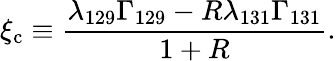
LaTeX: \xi_{\mathrm{c}}\equiv\frac{\lambda_{129}\Gamma_{129}-R\lambda_{131}\Gamma_{131}}{1+R}.